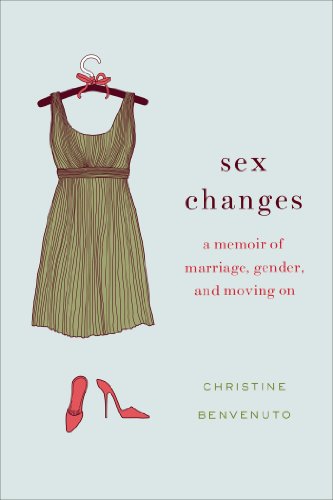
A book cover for Sex Changes: A Memoir of Marriage, Gender, and Moving On; Christine Benvenuto; Gay & Lesbian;